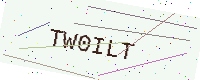
Text: TW0ILT